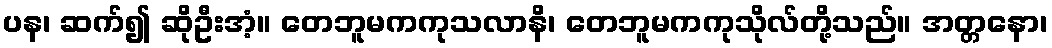
ပန၊ ဆက်၍ ဆိုဦးအံ့။ တေဘူမကကုသလာနိ၊ တေဘူမကကုသိုလ်တို့သည်။ အတ္တနော၊